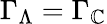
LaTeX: \Gamma_{\Lambda}=\Gamma_{\cal\mathbb{C}}